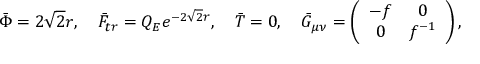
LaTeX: \bar { \Phi } = 2 \sqrt 2 r , ~ ~ ~ \bar { F } _ { t r } = Q _ { E } e ^ { - 2 \sqrt 2 r } , ~ ~ ~ \bar { T } = 0 , { } ~ ~ ~ \bar { G } _ { \mu \nu } = \left( \begin{array} { c c } { { - f } } & { { 0 } } \\ { { 0 } } & { { f ^ { - 1 } } } \end{array} \right) ,